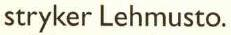
stryker Lehmusto.